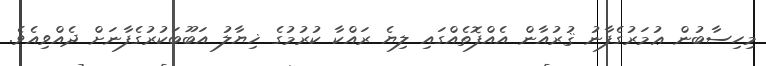
މިހިސާބުން ޢުމަރުގެފާނު ޤުރުއާން އެއްފޮތެއްގައި ލިޔެ ރައްކާ ކުރުމުގެ ޚިޔާލު އަބޫބަކުރުގެފާނަށް ދެއްވިއެވެ.